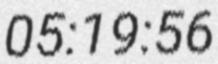
05:19:56